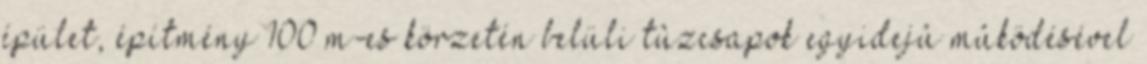
épület, építmény 100 m-es körzetén belüli tûzcsapok egyidejû mûködésével